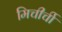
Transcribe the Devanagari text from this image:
मिचीर्ची